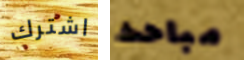
اشترك مباحث